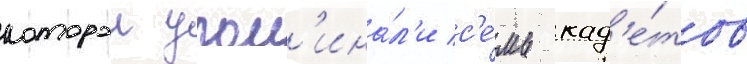
которои упом'ина́л'и с'е́мь кад'е́тов